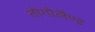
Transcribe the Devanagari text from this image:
तोगोलैण्ड